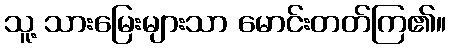
သူ့ သားမြေးများသာ မောင်းတတ်ကြ၏။